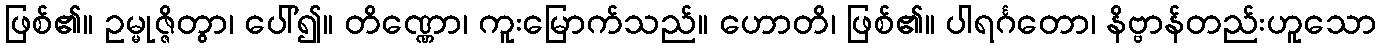
ဖြစ်၏။ ဥမ္မုဇ္ဇိတွာ၊ ပေါ်၍။ တိဏ္ဏော၊ ကူးမြောက်သည်။ ဟောတိ၊ ဖြစ်၏။ ပါရင်္ဂတော၊ နိဗ္ဗာန်တည်းဟူသော